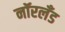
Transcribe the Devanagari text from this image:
नॉरलँड